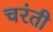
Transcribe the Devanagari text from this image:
चरंती